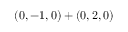
( 0 , - 1 , 0 ) + ( 0 , 2 , 0 )